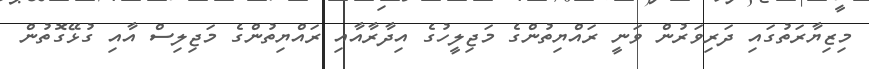
މިޒިޔާރަތުގައި ދަރިވަރުން ވަނީ ރައްޔިތުންގެ މަޖިލީހުގެ އިދާރާއާއި ރައްޔިތުންގެ މަޖިލިސް އާއި ގުޅޭގޮތުން